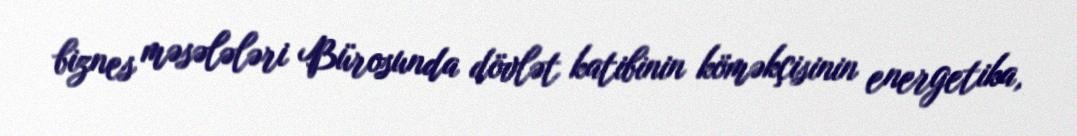
biznes məsələləri Bürosunda dövlət katibinin köməkçisinin energetika,